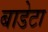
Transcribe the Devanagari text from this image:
बाडेटा